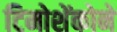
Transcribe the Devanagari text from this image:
टिमोशेंकोने